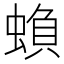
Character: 蝜